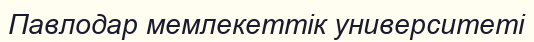
Павлодар мемлекеттік университеті